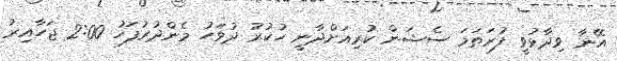
އޭނާ ވިދާޅުވީ ފުރަތަަމަ ސެޝަން ކުރިއަށްދާނީ ހުކުރު ދުވަހު މެންދުރުފަހު 2:00 ޖަހާއިރު